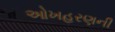
ઓખહરણની